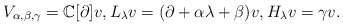
\begin{align*}V_{\alpha,\beta, \gamma}=\mathbb{C}[\partial]v,L_\lambda v=(\partial+\alpha\lambda+\beta)v, H_\lambda v=\gamma v. \end{align*}